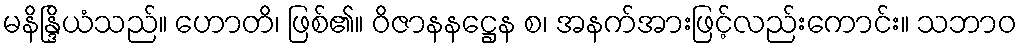
မနိန္ဒြိယံသည်။ ဟောတိ၊ ဖြစ်၏။ ဝိဇာနနဋ္ဌေန စ၊ အနက်အားဖြင့်လည်းကောင်း။ သဘာဝ